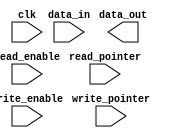
`timescale 1ns / 1ps
///////////////////////////////////////////////////////////////////////////////
// Institution:    Universidade Federal de Sergipe
//
// Design Name:    Saulo G. Felix
// Module Name:    read_only_memory_module
// Project Name:   elevetor_controller
// Target Devices: Spartan3E
// Tool versions:  ISE 14.7
// Description:    Memory block to store instructions
///////////////////////////////////////////////////////////////////////////////
module rom_module(
    output [3:0] data_out,
    input  [3:0] data_in,
    input  [3:0] write_pointer,
    input  [3:0] read_pointer,
    input        write_enable,
    input        read_enable,
    input        clk
    );

    // Defining registers
    reg  [7:0] data_register[7:0];

    // Defining wires
    wire [3:0] data_bus;

    // Write to memory
    always @(posedge clk)
    begin
        if (write_enable) begin
          data_register[write_pointer[3:0]] <= data_in;
        end
    end
endmodule